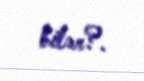
bilər?.